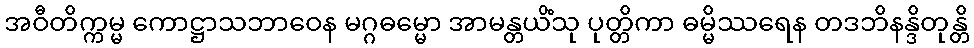
အဝီတိက္ကမ္မ ကောဋ္ဌာသဘာဝေန မဂ္ဂဓမ္မော အာမန္တယိံသု ပုတ္တိကာ ဓမ္မိဿရေန တဒဘိနန္ဒိတုန္တိ